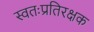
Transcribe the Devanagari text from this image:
स्वतःप्रतिरक्षक